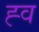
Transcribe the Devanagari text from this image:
ह्व